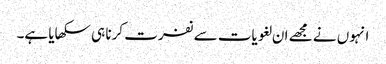
انہوں نے مجھے ان لغویات سے نفرت کرنا ہی سکھایا ہے۔